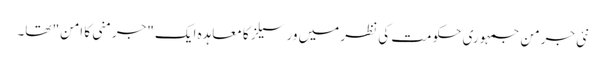
نئی جرمن جمہوری حکومت کی نظر میں ورسیلز کا معاہدہ ایک "جرمنی کا امن" تھا۔